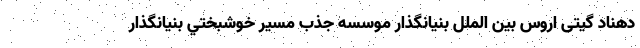
دهناد گیتی اروس بین الملل بنيانگذار موسسه جذب مسير خوشبختي بنیانگذار